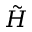
\tilde { H }